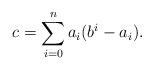
LaTeX: \begin{align*} c = \sum_{i=0}^n a_i(b^i - a_i). \end{align*}